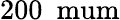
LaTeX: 200~\mathrm{\ mum}